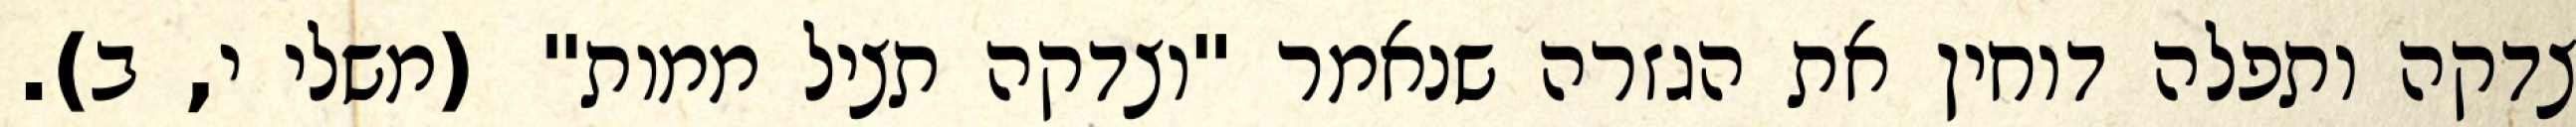
צדקה ותפלה דוחין את הגזרה שנאמר "וצדקה תציל ממות" (משלי י, ב).